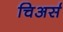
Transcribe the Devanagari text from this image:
चिअर्स